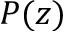
P ( z )